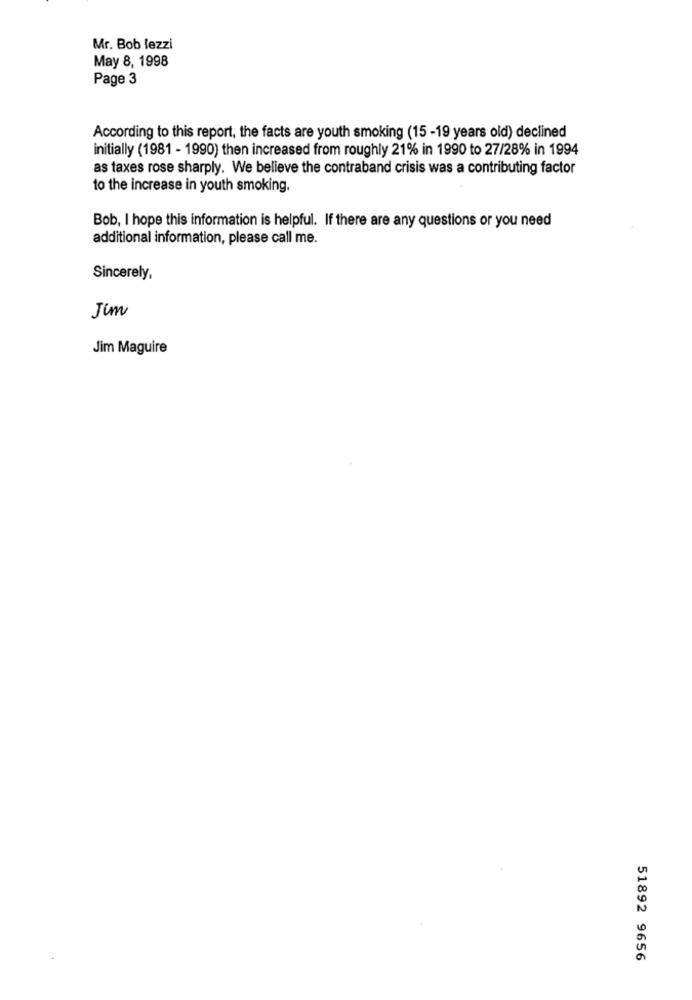
Mr. Bob lezzi
May 8, 1998
Page 3
According to this report, the facts are youth smoking (15 -19 years old) declined
initially (1981 - 1990) then increased from roughly 21% in 1990 to 27/28% in 1994
as taxes rose sharply. We believe the contraband crisis was a contributing factor
to the increase in youth smoking.
Bob, I hope this information is helpful. If there are any questions or you need
additional information, please call me.
Sincerely,
Jim
Jim Maguire
51892 9656